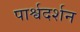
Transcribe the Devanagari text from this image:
पार्श्वदर्शन